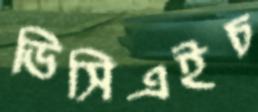
ডিসিএইচ